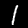
Digit: 1